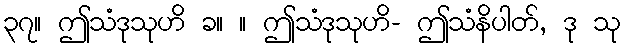
၃၇။ ဤသံဒုသုဟိ ခ။ ။ ဤသံဒုသုဟိ- ဤသံနိပါတ်, ဒု သု